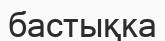
бастықка